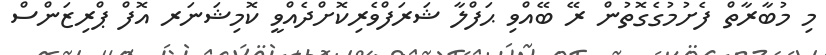
މި މުބާރާތް ފެށުމުގެގޮތުން ރޭ ބޭއްވި ޙަފްލާ ޝަރަފްވެރިކޮށްދެއްވީ ކޮމިޝަނަރ އޮފް ޕްރިޒަންސް